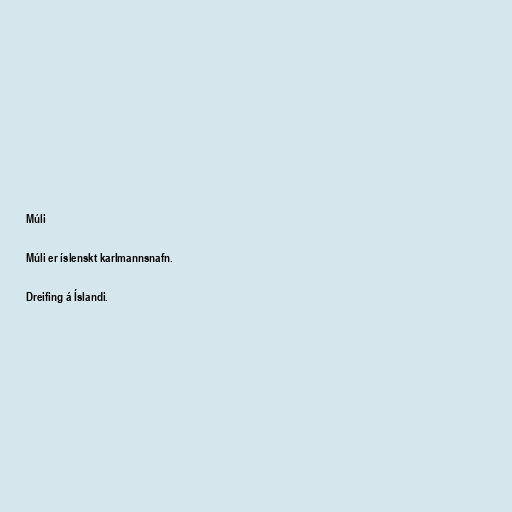
Múli

Múli er íslenskt karlmannsnafn.

Dreifing á Íslandi.